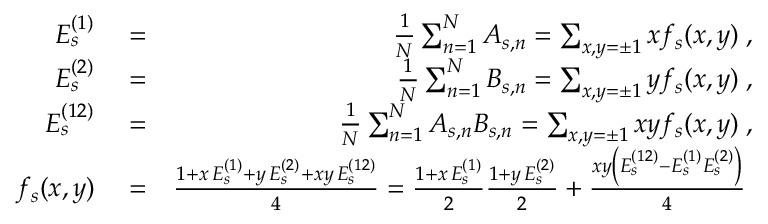
\begin{array} { r l r } { E _ { s } ^ { ( 1 ) } } & { { } = } & { \frac { 1 } { N } \sum _ { n = 1 } ^ { N } A _ { s , n } = \sum _ { x , y = \pm 1 } x f _ { s } ( x , y ) \; , } \\ { E _ { s } ^ { ( 2 ) } } & { { } = } & { \frac { 1 } { N } \sum _ { n = 1 } ^ { N } B _ { s , n } = \sum _ { x , y = \pm 1 } y f _ { s } ( x , y ) \; , } \\ { E _ { s } ^ { ( 1 2 ) } } & { { } = } & { \frac { 1 } { N } \sum _ { n = 1 } ^ { N } A _ { s , n } B _ { s , n } = \sum _ { x , y = \pm 1 } x y f _ { s } ( x , y ) \; , } \\ { f _ { s } ( x , y ) } & { { } = } & { \frac { 1 + x \, E _ { s } ^ { ( 1 ) } + y \, E _ { s } ^ { ( 2 ) } + x y \, E _ { s } ^ { ( 1 2 ) } } { 4 } = \frac { 1 + x \, E _ { s } ^ { ( 1 ) } } { 2 } \frac { 1 + y \, E _ { s } ^ { ( 2 ) } } { 2 } + \frac { x y \left( E _ { s } ^ { ( 1 2 ) } - E _ { s } ^ { ( 1 ) } E _ { s } ^ { ( 2 ) } \right) } { 4 } \; } \end{array}